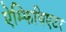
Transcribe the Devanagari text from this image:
ऐम्फिथिएटर